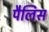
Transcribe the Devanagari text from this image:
पैलिस